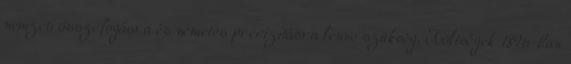
nemzeti összefogásra és németes precizitásra lenne szükség. Költségek 1896-ban